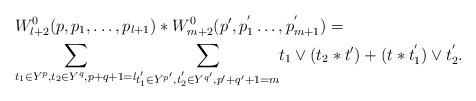
LaTeX: \begin{align*} &W^0_{l+2}(p,p_1,\dots,p_{l+1})\ast W^0_{m+2}(p',p^{'}_{1}\dots,p^{'}_{m+1})=\\ &\underset{t_1\in Y^p,t_2\in Y^q, p+q+1=l}{\sum} \underset{t^{'}_1\in Y^{p'},t^{'}_2\in Y^{q'}, p'+q'+1=m}{\sum}t_1\vee (t_2\ast t')+(t\ast t^{'}_1)\vee t^{'}_2. \end{align*}